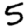
Digit: 5